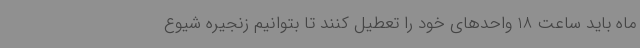
ماه باید ساعت 18 واحدهای خود را تعطیل کنند تا بتوانیم زنجیره شیوع